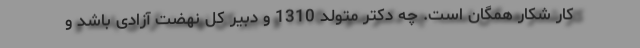
کار شکار همگان است. چه دکتر متولد 1310 و دبیر کل نهضت آزادی باشد و